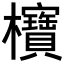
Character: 𪴥